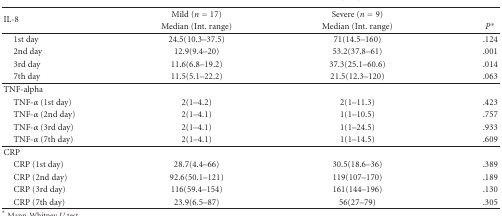
| <ROWSPAN=2> IL-8 | Mild (n = 17) | Severe (n = 9) |  |
 | Median (Int. range) | Median (Int. range) | P* |
 | --- | --- | --- | --- |
 | 1st day | 24.5(10.3–37.5) | 71(14.5–160) | .124 |
 | 2nd day | 12.9(9.4–20) | 53.2(37.8–61) | .001 |
 | 3rd day | 11.6(6.8–19.2) | 37.3(25.1–60.6) | .014 |
 | 7th day | 11.5(5.1–22.2) | 21.5(12.3–120) | .063 |
 | TNF-alpha |  |  |  |
 | TNF-α (1st day) | 2(1–4.2) | 2(1–11.3) | .423 |
 | TNF-α (2nd day) | 2(1–4.1) | 1(1–10.5) | .757 |
 | TNF-α (3rd day) | 2(1–4.1) | 1(1–24.5) | .933 |
 | TNF-α (7th day) | 2(1–4.1) | 1(1–14.5) | .609 |
 | CRP |  |  |  |
 | CRP (1st day) | 28.7(4.4–66) | 30.5(18.6–36) | .389 |
 | CRP (2nd day) | 92.6(50.1–121) | 119(107–170) | .189 |
 | CRP (3rd day) | 116(59.4–154) | 161(144–196) | .130 |
 | CRP (7th day) | 23.9(6.5–87) | 56(27–79) | .305 |